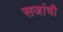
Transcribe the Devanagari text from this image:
सजांची